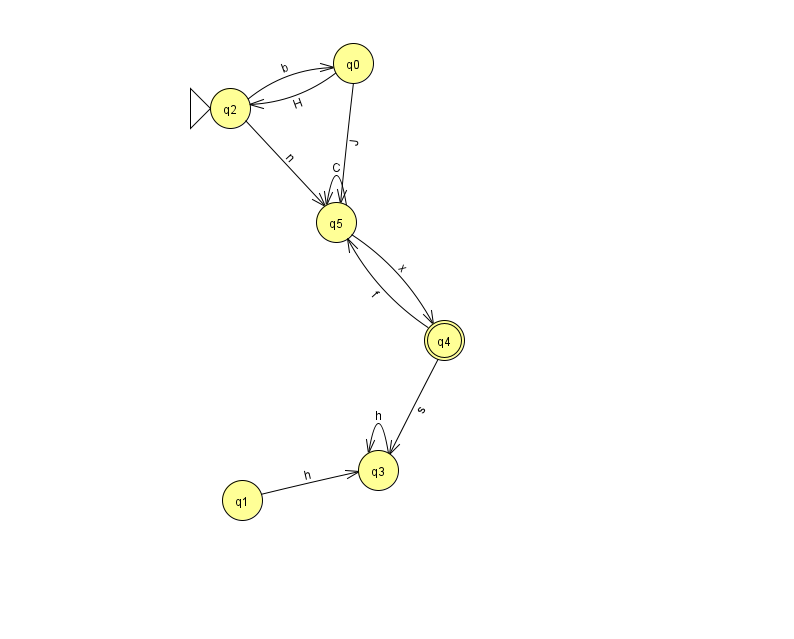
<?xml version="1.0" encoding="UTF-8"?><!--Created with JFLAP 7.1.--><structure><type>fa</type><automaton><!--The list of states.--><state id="0" name="q0"><x>353.0</x><y>50.0</y></state><state id="1" name="q1"><x>242.0</x><y>487.0</y></state><state id="2" name="q2"><x>230.0</x><y>95.0</y><initial/></state><state id="3" name="q3"><x>378.0</x><y>457.0</y></state><state id="4" name="q4"><x>444.0</x><y>327.0</y><final/></state><state id="5" name="q5"><x>336.0</x><y>209.0</y></state><!--The list of transitions.--><transition><from>0</from><to>5</to><read>J</read></transition><transition><from>0</from><to>2</to><read>H</read></transition><transition><from>5</from><to>4</to><read>x</read></transition><transition><from>5</from><to>5</to><read>C</read></transition><transition><from>4</from><to>3</to><read>s</read></transition><transition><from>1</from><to>3</to><read>h</read></transition><transition><from>3</from><to>3</to><read>h</read></transition><transition><from>2</from><to>0</to><read>b</read></transition><transition><from>4</from><to>5</to><read>f</read></transition><transition><from>2</from><to>5</to><read>n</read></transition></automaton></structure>